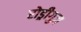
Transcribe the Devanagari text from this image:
रोड्रीगुज़